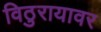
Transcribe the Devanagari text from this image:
विठुरायावर